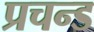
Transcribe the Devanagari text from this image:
प्रचन्ड